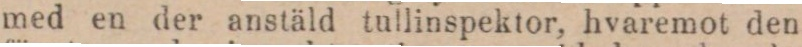
med en der anstäld tullinspektor, hvaremot den